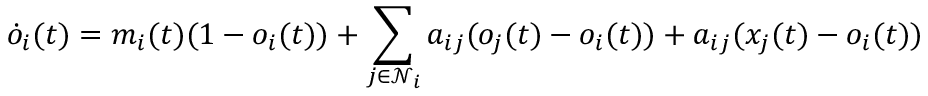
\dot { o } _ { i } ( t ) = m _ { i } ( t ) ( 1 - o _ { i } ( t ) ) + \sum _ { j \in \mathcal { N } _ { i } } a _ { i j } ( o _ { j } ( t ) - o _ { i } ( t ) ) + a _ { i j } ( x _ { j } ( t ) - o _ { i } ( t ) )